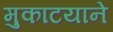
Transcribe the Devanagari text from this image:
मुकाटयाने